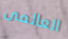
العالمى